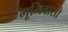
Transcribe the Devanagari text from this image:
भूमिवासी